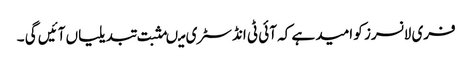
فری لانسرز کو امید ہے کہ آئی ٹی انڈسٹری میںمثبت تبدیلیاں آئیں گی ۔